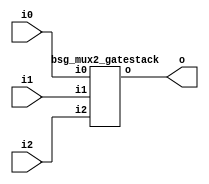


module top
(
  i0,
  i1,
  i2,
  o
);

  input [15:0] i0;
  input [15:0] i1;
  input [15:0] i2;
  output [15:0] o;

  bsg_mux2_gatestack
  wrapper
  (
    .i0(i0),
    .i1(i1),
    .i2(i2),
    .o(o)
  );


endmodule



module bsg_mux2_gatestack
(
  i0,
  i1,
  i2,
  o
);

  input [15:0] i0;
  input [15:0] i1;
  input [15:0] i2;
  output [15:0] o;
  wire [15:0] o;
  wire N0,N1,N2,N3,N4,N5,N6,N7,N8,N9,N10,N11,N12,N13,N14,N15,N16,N17,N18,N19,N20,N21,
  N22,N23,N24,N25,N26,N27,N28,N29,N30,N31;
  assign o[0] = (N0)? i1[0] : 
                (N16)? i0[0] : 1'b0;
  assign N0 = i2[0];
  assign o[1] = (N1)? i1[1] : 
                (N17)? i0[1] : 1'b0;
  assign N1 = i2[1];
  assign o[2] = (N2)? i1[2] : 
                (N18)? i0[2] : 1'b0;
  assign N2 = i2[2];
  assign o[3] = (N3)? i1[3] : 
                (N19)? i0[3] : 1'b0;
  assign N3 = i2[3];
  assign o[4] = (N4)? i1[4] : 
                (N20)? i0[4] : 1'b0;
  assign N4 = i2[4];
  assign o[5] = (N5)? i1[5] : 
                (N21)? i0[5] : 1'b0;
  assign N5 = i2[5];
  assign o[6] = (N6)? i1[6] : 
                (N22)? i0[6] : 1'b0;
  assign N6 = i2[6];
  assign o[7] = (N7)? i1[7] : 
                (N23)? i0[7] : 1'b0;
  assign N7 = i2[7];
  assign o[8] = (N8)? i1[8] : 
                (N24)? i0[8] : 1'b0;
  assign N8 = i2[8];
  assign o[9] = (N9)? i1[9] : 
                (N25)? i0[9] : 1'b0;
  assign N9 = i2[9];
  assign o[10] = (N10)? i1[10] : 
                 (N26)? i0[10] : 1'b0;
  assign N10 = i2[10];
  assign o[11] = (N11)? i1[11] : 
                 (N27)? i0[11] : 1'b0;
  assign N11 = i2[11];
  assign o[12] = (N12)? i1[12] : 
                 (N28)? i0[12] : 1'b0;
  assign N12 = i2[12];
  assign o[13] = (N13)? i1[13] : 
                 (N29)? i0[13] : 1'b0;
  assign N13 = i2[13];
  assign o[14] = (N14)? i1[14] : 
                 (N30)? i0[14] : 1'b0;
  assign N14 = i2[14];
  assign o[15] = (N15)? i1[15] : 
                 (N31)? i0[15] : 1'b0;
  assign N15 = i2[15];
  assign N16 = ~i2[0];
  assign N17 = ~i2[1];
  assign N18 = ~i2[2];
  assign N19 = ~i2[3];
  assign N20 = ~i2[4];
  assign N21 = ~i2[5];
  assign N22 = ~i2[6];
  assign N23 = ~i2[7];
  assign N24 = ~i2[8];
  assign N25 = ~i2[9];
  assign N26 = ~i2[10];
  assign N27 = ~i2[11];
  assign N28 = ~i2[12];
  assign N29 = ~i2[13];
  assign N30 = ~i2[14];
  assign N31 = ~i2[15];

endmodule